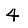
Digit: 4